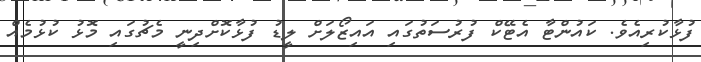
ފުޅާކުރިއެވެ. ކައުންޓާ އެޓޭކް ފުރުސަތުގައި އައިޒޯލަށް ލީޑު ފުޅާކޮށްދިނީ މެޗުގައި މޮޅު ކުޅުމެއް